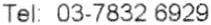
TEL: 03-7832 6929